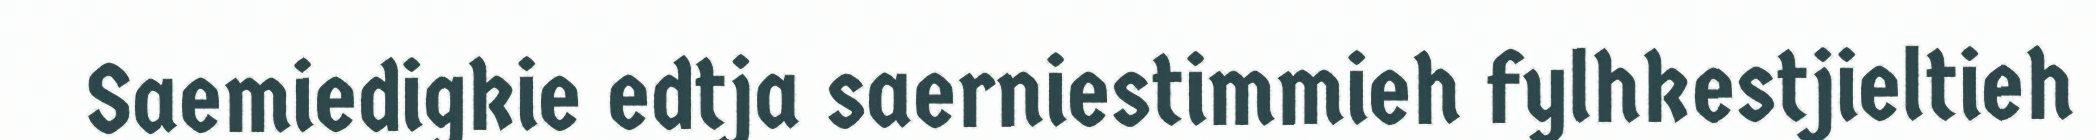
Saemiedigkie edtja saerniestimmieh fylhkestjieltieh